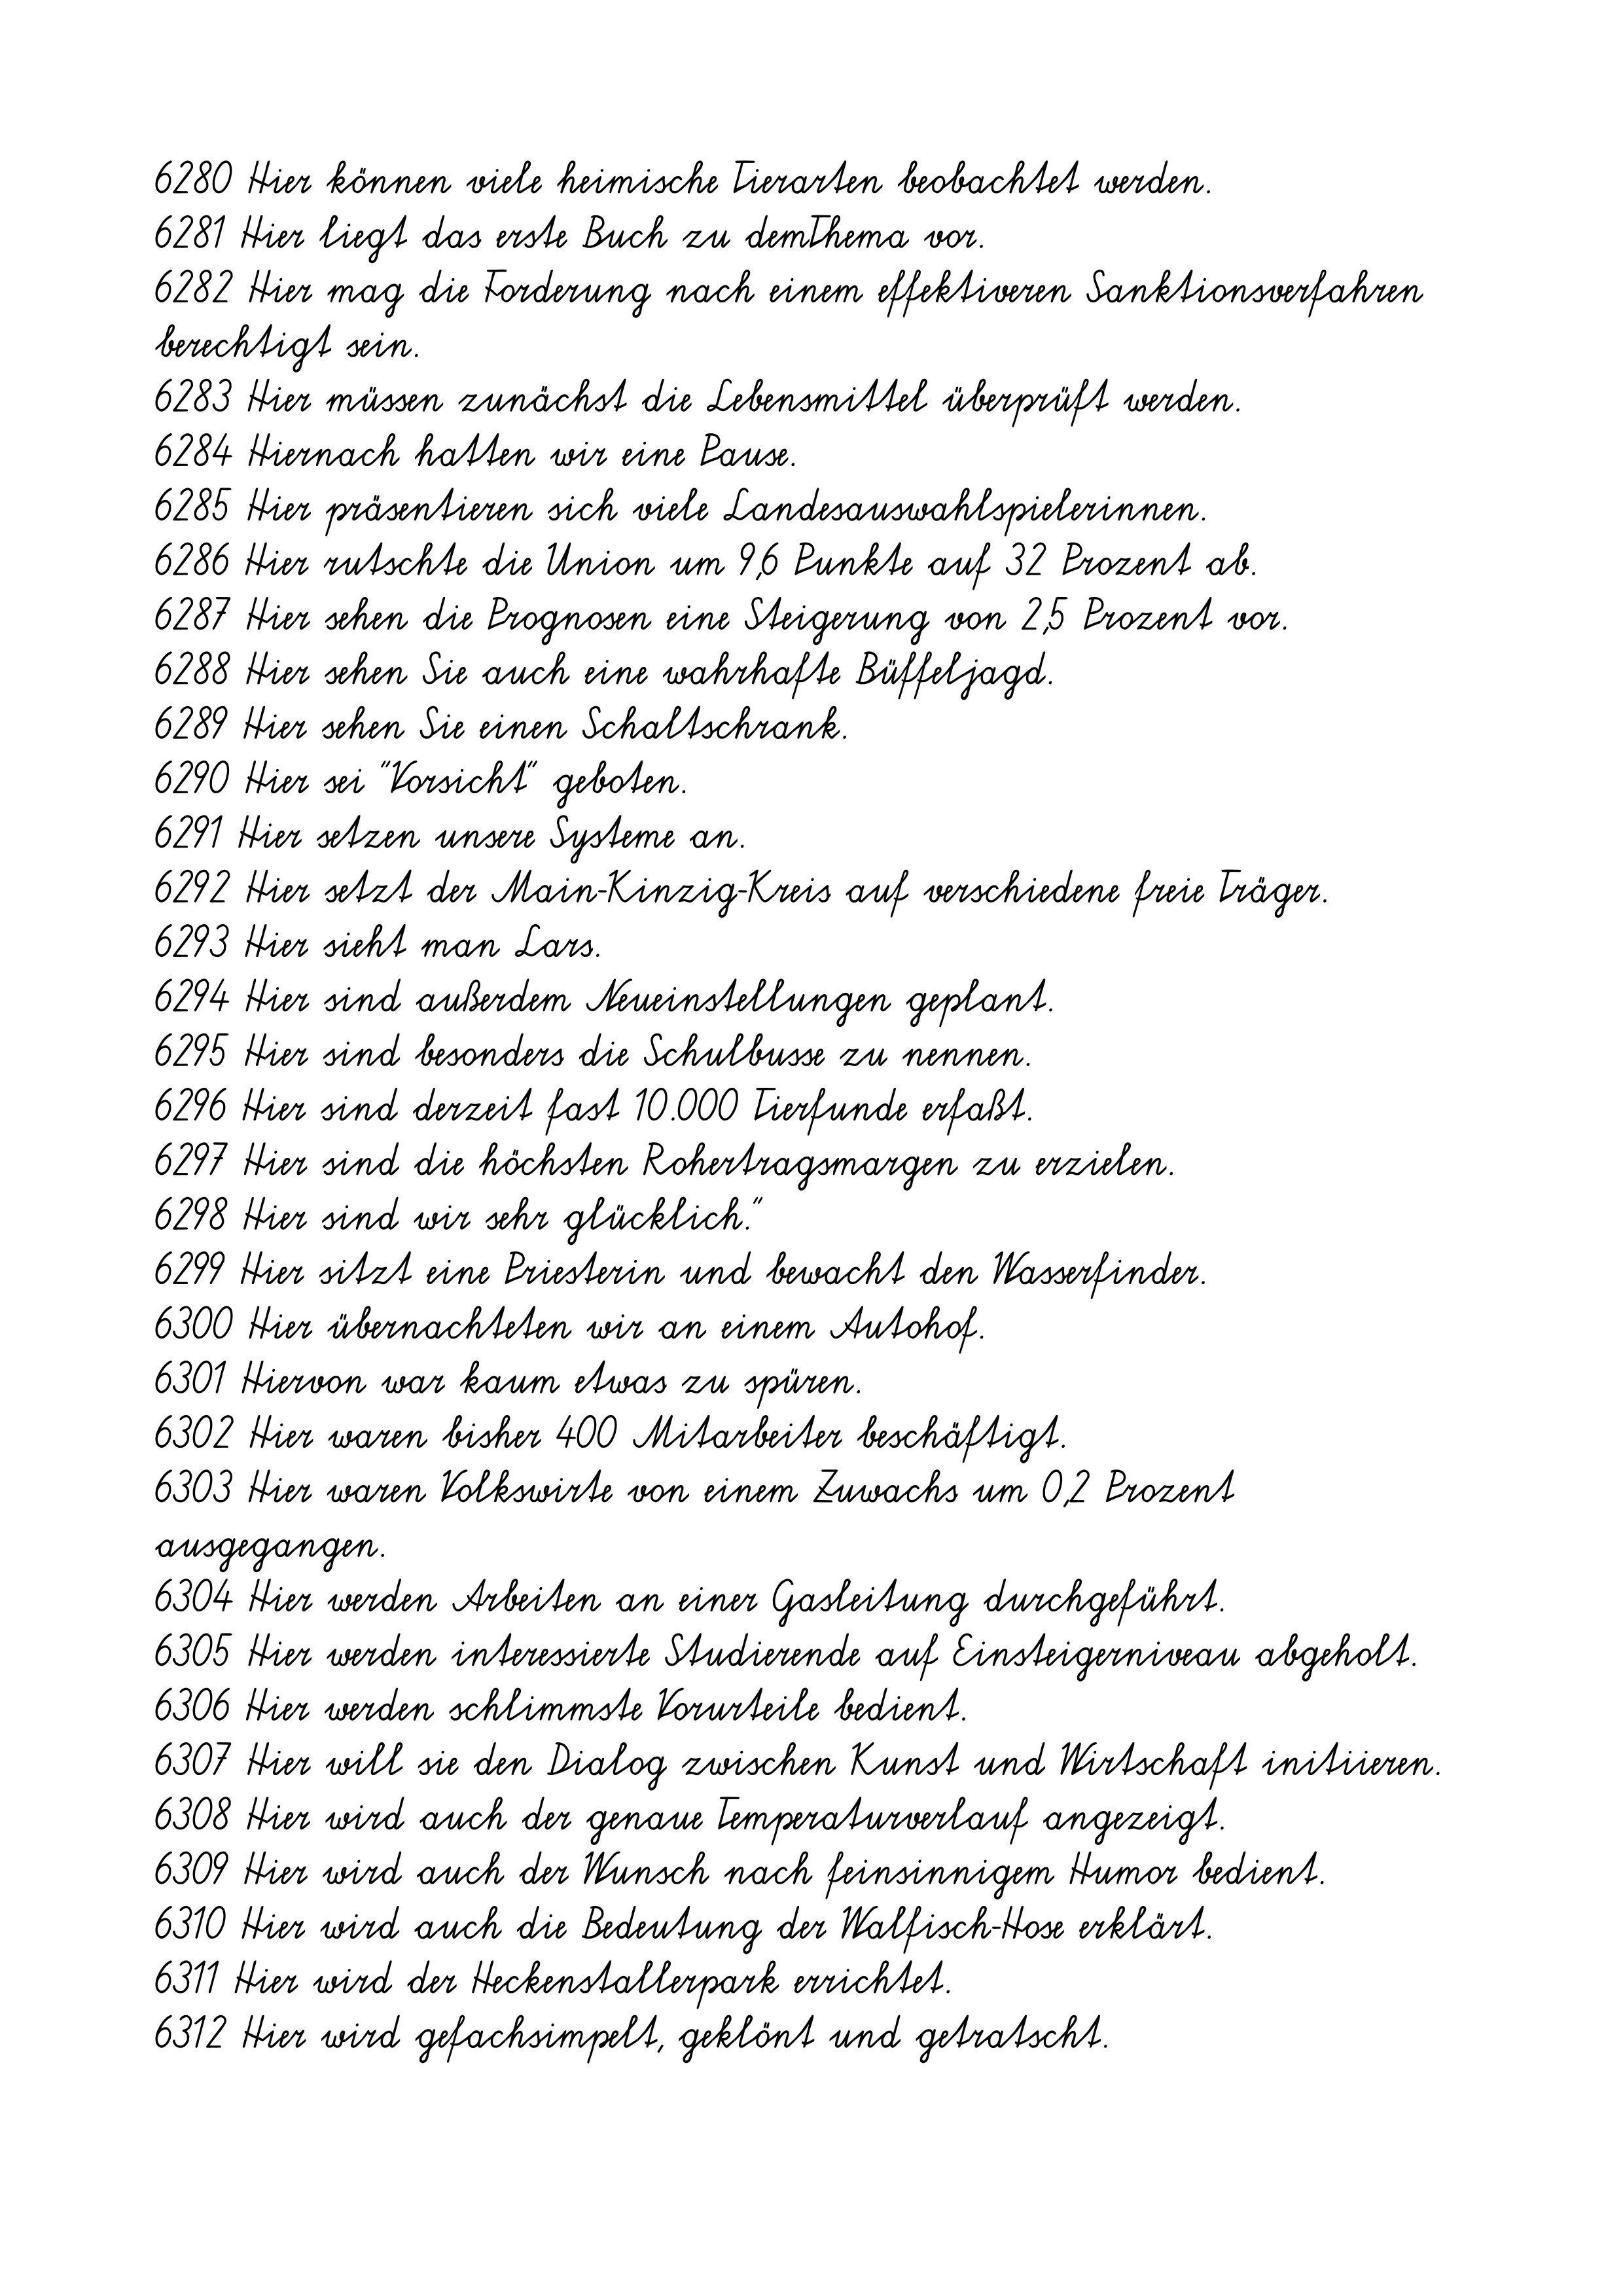
6280 Hier können viele heimische Tierarten beobachtet werden.
6281 Hier liegt das erste Buch zu demThema vor.
6282 Hier mag die Forderung nach einem effektiveren Sanktionsverfahren
berechtigt sein.
6283 Hier müssen zunächst die Lebensmittel überprüft werden.
6284 Hiernach hatten wir eine Pause.
6285 Hier präsentieren sich viele Landesauswahlspielerinnen.
6286 Hier rutschte die Union um 9,6 Punkte auf 32 Prozent ab.
6287 Hier sehen die Prognosen eine Steigerung von 2,5 Prozent vor.
6288 Hier sehen Sie auch eine wahrhafte Büffeljagd.
6289 Hier sehen Sie einen Schaltschrank.
6290 Hier sei "Vorsicht" geboten.
6291 Hier setzen unsere Systeme an.
6292 Hier setzt der Main-Kinzig-Kreis auf verschiedene freie Träger.
6293 Hier sieht man Lars.
6294 Hier sind außerdem Neueinstellungen geplant.
6295 Hier sind besonders die Schulbusse zu nennen.
6296 Hier sind derzeit fast 10.000 Tierfunde erfaßt.
6297 Hier sind die höchsten Rohertragsmargen zu erzielen.
6298 Hier sind wir sehr glücklich."
6299 Hier sitzt eine Priesterin und bewacht den Wasserfinder.
6300 Hier übernachteten wir an einem Autohof.
6301 Hiervon war kaum etwas zu spüren.
6302 Hier waren bisher 400 Mitarbeiter beschäftigt.
6303 Hier waren Volkswirte von einem Zuwachs um 0,2 Prozent
ausgegangen.
6304 Hier werden Arbeiten an einer Gasleitung durchgeführt.
6305 Hier werden interessierte Studierende auf Einsteigerniveau abgeholt.
6306 Hier werden schlimmste Vorurteile bedient.
6307 Hier will sie den Dialog zwischen Kunst und Wirtschaft initiieren.
6308 Hier wird auch der genaue Temperaturverlauf angezeigt.
6309 Hier wird auch der Wunsch nach feinsinnigem Humor bedient.
6310 Hier wird auch die Bedeutung der Walfisch-Hose erklärt.
6311 Hier wird der Heckenstallerpark errichtet.
6312 Hier wird gefachsimpelt, geklönt und getratscht.